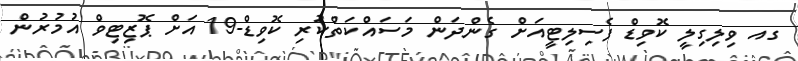
ގއ ވިލިގިލީ ކޮވިޑް ފެސިލިޓީއަށް ގެންދަން މަސައްކަތްކުރި ކޮވިޑް-19 އަށް ޕޮޒިޓިވް އުމުރުން